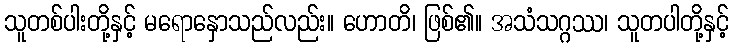
သူတစ်ပါးတို့နှင့် မရောနှောသည်လည်း။ ဟောတိ၊ ဖြစ်၏။ အသံသဂ္ဂဿ၊ သူတပါတို့နှင့်